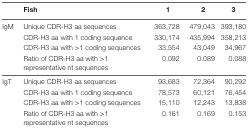
<table><thead><tr><td></td><td><b>Fish</b></td><td><b>1</b></td><td><b>2</b></td><td><b>3</b></td></tr></thead><tbody><tr><td rowspan="4">IgM</td><td>Unique CDR-H3 aa sequences</td><td>363,728</td><td>479,043</td><td>393,180</td></tr><tr><td>CDR-H3 aa with 1 coding sequence</td><td>330,174</td><td>435,994</td><td>358,213</td></tr><tr><td>CDR-H3 aa with &gt;1 coding sequences</td><td>33,554</td><td>43,049</td><td>34,967</td></tr><tr><td>Ratio of CDR-H3 aa with &gt;1 representative nt sequences</td><td>0.092</td><td>0.089</td><td>0.088</td></tr><tr><td rowspan="4">IgT</td><td>Unique CDR-H3 aa sequences</td><td>93,683</td><td>72,364</td><td>90,292</td></tr><tr><td>CDR-H3 aa with 1 coding sequence</td><td>78,573</td><td>60,121</td><td>76,454</td></tr><tr><td>CDR-H3 aa with &gt;1 coding sequences</td><td>15,110</td><td>12,243</td><td>13,838</td></tr><tr><td>Ratio of CDR-H3 aa with &gt;1 representative nt sequences</td><td>0.161</td><td>0.169</td><td>0.153</td></tr></tbody></table>